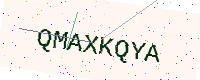
Text: QMAXKQYA